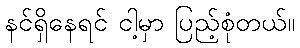
နင်ရှိနေရင် ငါ့မှာ ပြည့်စုံတယ်။